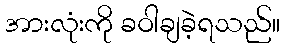
အားလုံးကို ခဝါချခဲ့ရသည်။